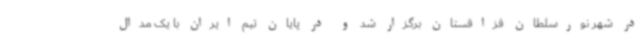
در شهر نورسلطان قزاقستان برگزار شد و در پایان تیم ایران با یک مدال